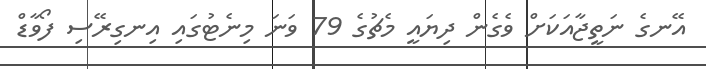
އޭނގެ ނަތީޖާއަކަށް ވެގެން ދިޔައީ މެޗުގެ 79 ވަނަ މިނެޓުގައި އިނގިރޭސި ފޯވާޑް